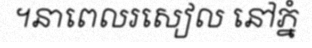
។នាពេលរសៀល នៅភ្នំ